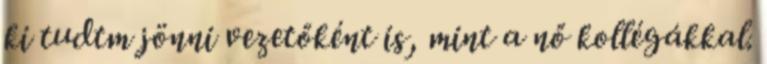
ki tudtm jönni vezetőként is, mint a nő kollégákkal.